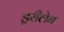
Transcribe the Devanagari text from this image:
ड्ररीलेन